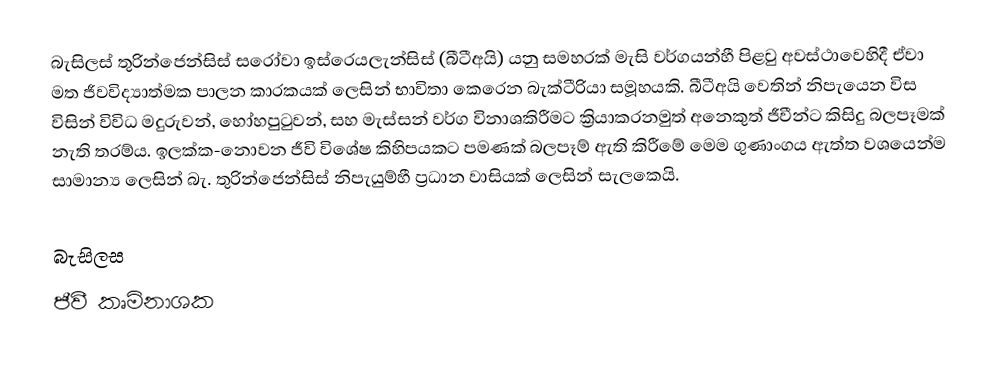
බැසිලස් තුරින්ජෙන්සිස් සරෝවා ඉස්රෙයලැන්සිස්  (බීටීඅයි) යනු  සමහරක් මැසි වර්ගයන්හී පිළවු අවස්ථාවෙහිදී ඒවා මත ජීවවිද්‍යාත්මක පාලන කාරකයක් ලෙසින් භාවිතා කෙරෙන බැක්ටීරියා සමූහයකි. බීටීඅයි වෙතින් නිපැයෙන විස විසින් විවිධ මදුරුවන්, හෝහපුටුවන්, සහ මැස්සන් වර්ග විනාශකිරීමට ක්‍රියාකරනමුත් අනෙකුත් ජීවීන්ට කිසිදු බලපෑමක් නැති තරම්ය. ඉලක්ක-නොවන ජීවි විශේෂ කිහිපයකට පමණක් බලපෑම් ඇති කිරීමේ මෙම ගුණාංගය ඇත්ත වශයෙන්ම සාමාන්‍ය ලෙසින්  බැ. තුරින්ජෙන්සිස් නිපැයුම්හී ප්‍රධාන වාසියක් ලෙසින් සැලකෙයි.

බැසිලස
ජීවී කෘමිනාශක